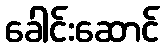
ခေါင်းဆောင်